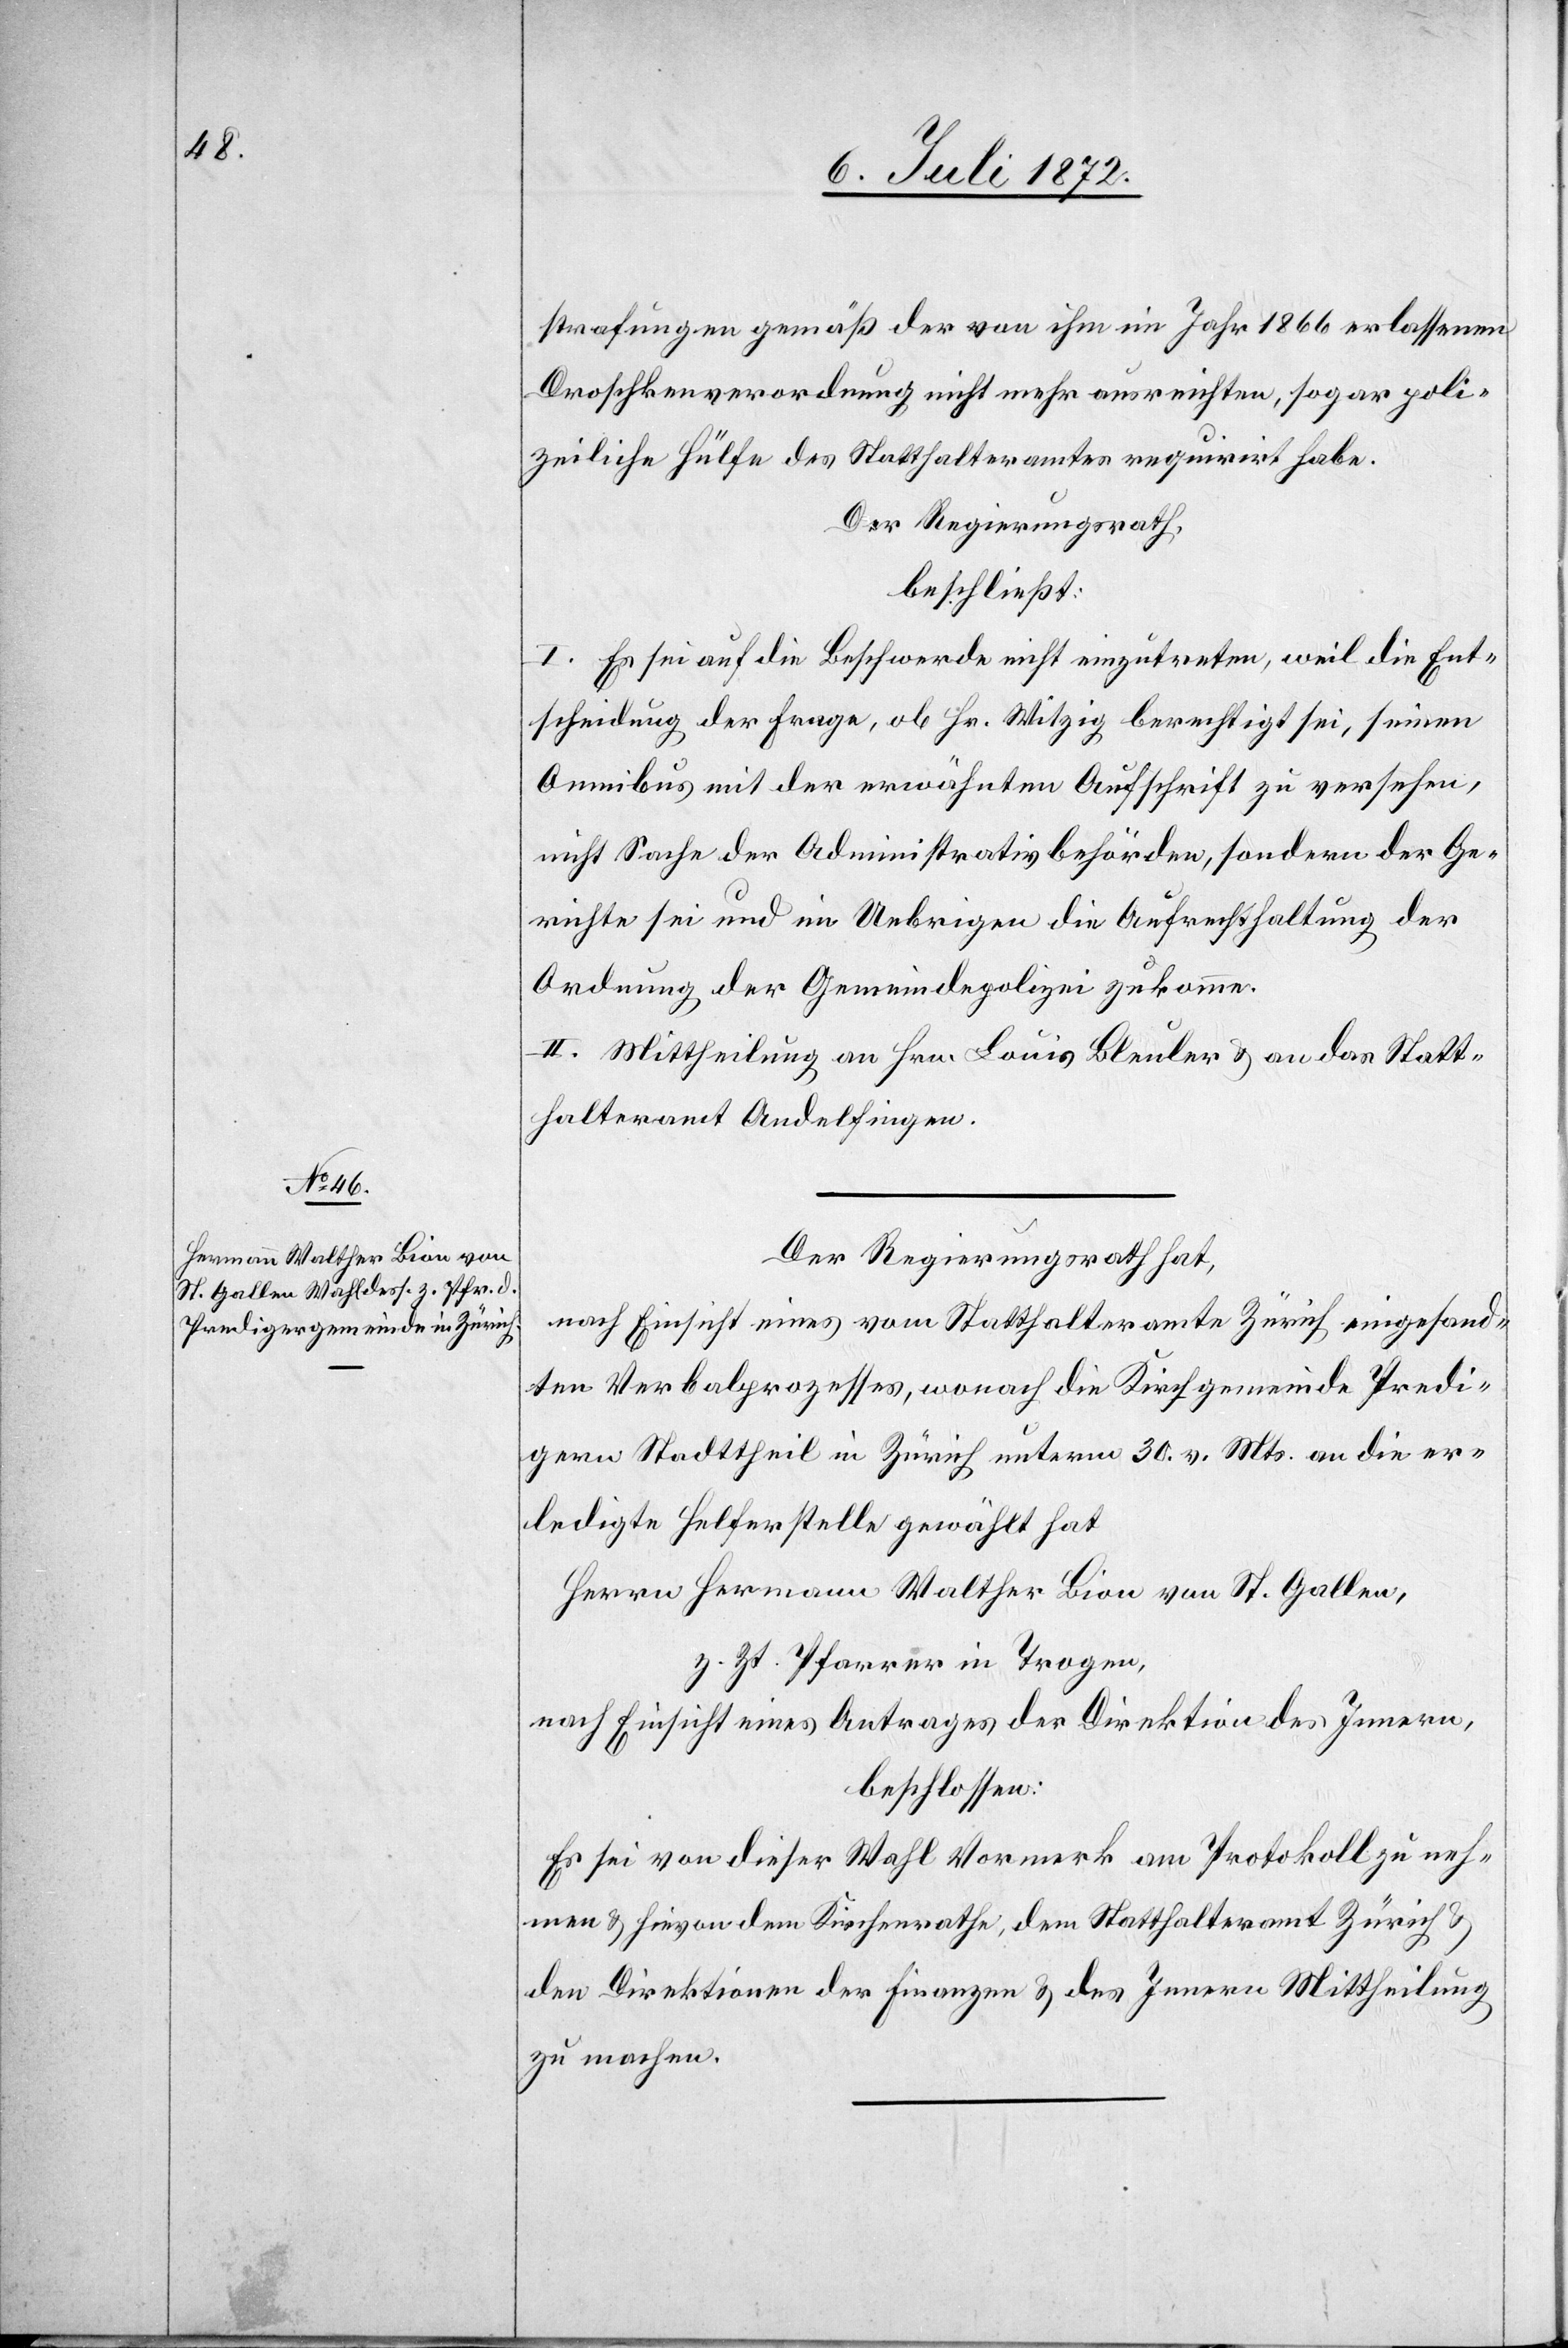
strafungen gemäß der von ihm im Jahr 1866 erlassenen
Droschkenverordnung nicht mehr ausreichten, sogar poli¬
zeiliche Hülfe des Statthalteramtes requirirt habe.
Der Regierungsrath,
beschließt:
I. Es sei auf die Beschwerde nicht einzutreten, weil die Ent¬
scheidung der Frage, ob Hr. Witzig berechtigt sei, seinen
Omnibus mit der erwähnten Aufschrift zu versehen,
nicht Sache der Administrativbehörden, sondern der Ge¬
richte sei und im Uebrigen die Aufrechthaltung der
Ordnung der Gemeindepolizei zukomme.
II. Mittheilung an Hrn. Louis Bleuler u. an das Statt¬
halteramt Andelfingen.
Der Regierungsrath hat,
nach Einsicht eines vom Statthalteramte Zürich eingesand¬
ten Verbalprozesses, wonach die Kirchgemeinde Predi¬
gern Stadttheil in Zürich unterm 30. v. Mts. an die er¬
ledigte Helferstelle gewählt hat
Herrn Hermann Walter Bion von St. Gallen,
z. Zt. Pfarrer in Trogen,
nach Einsicht eines Antrages der Direktion des Innern,
beschlossen:
Es sei von dieser Wahl Vormerk am Protokoll zu neh¬
men u. hievon dem Kirchenrathe, dem Statthalteramt Zürich u.
den Direktionen der Finanzen u. des Innern Mittheilung
zu machen.